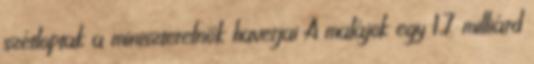
szétloptak a miniszterelnök haverjai A malájok egy 1,7 milliárd